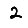
Digit: 2